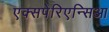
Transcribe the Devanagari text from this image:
एक्सपेरिएन्सिआ